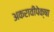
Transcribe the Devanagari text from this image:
अकरावीपेक्षा